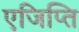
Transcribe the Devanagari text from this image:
एजिप्ति